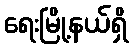
ရေးမြို့နယ်ရှိ